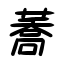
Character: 蕎